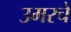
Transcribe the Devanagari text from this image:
उमरचे